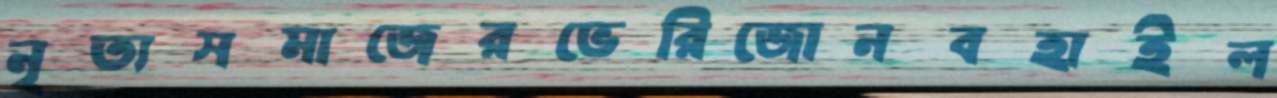
নৃত্যসমাজেরভেরিজোনবহাইল